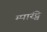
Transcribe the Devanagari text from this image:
म्पारंट्वे